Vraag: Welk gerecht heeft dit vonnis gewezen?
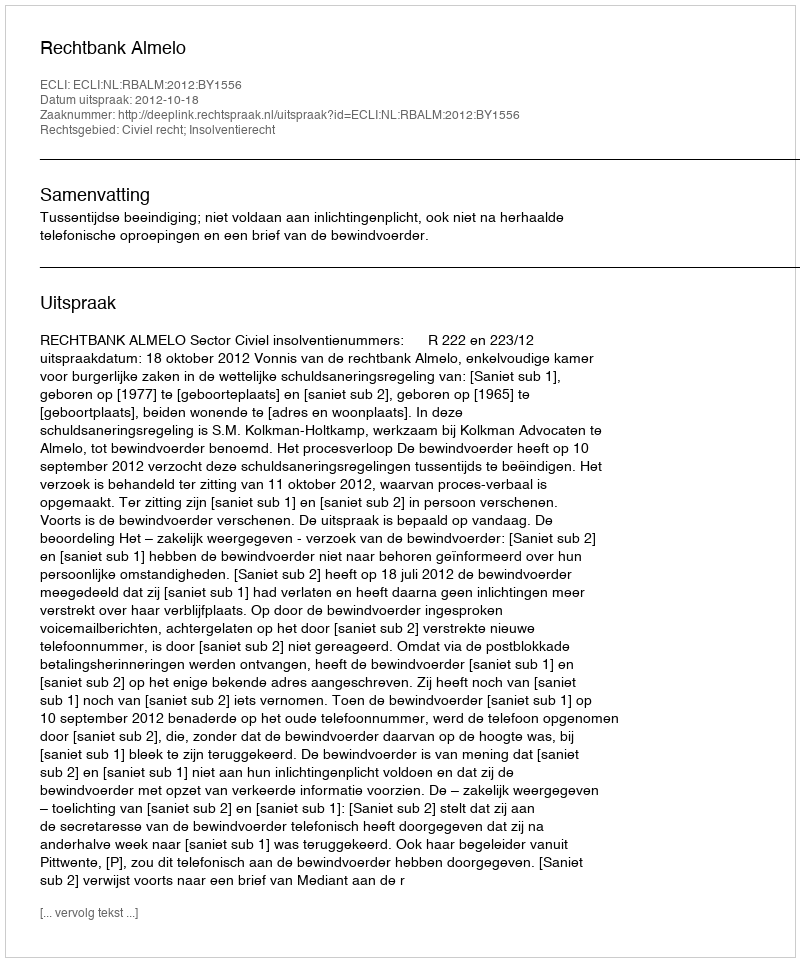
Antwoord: Rechtbank Almelo